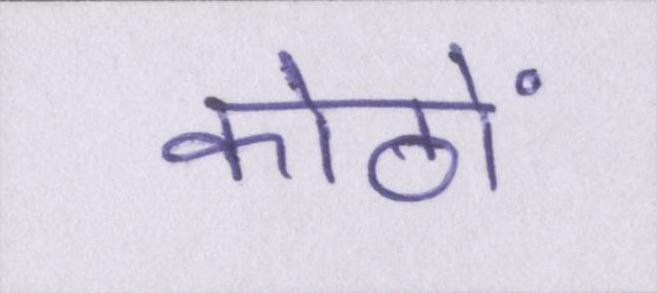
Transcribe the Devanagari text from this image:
कोठों